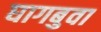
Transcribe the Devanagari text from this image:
घागबुवा